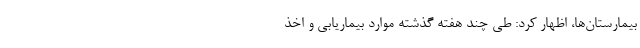
بیمارستان‌ها، اظهار کرد: طی چند هفته گذشته موارد بیماریابی و اخذ